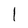
Character: I